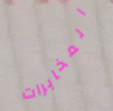
المخابرات